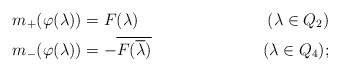
\begin{align*}m_+(\varphi(\lambda))&=F(\lambda)&(\lambda\in Q_2)\\m_-(\varphi(\lambda))& = -\overline{F(\overline{\lambda})} & (\lambda\in Q_4) ;\end{align*}